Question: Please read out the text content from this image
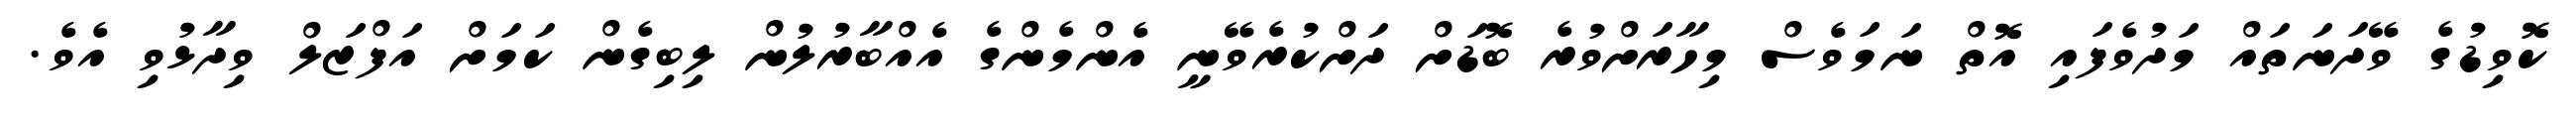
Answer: ކޮވިޑުގެ ވޭދަނަތައް މަދުވެފައި އޮތް ނަމަވެސް މިހާރަށްވުރެ ބޮޑަށް ދަށްކުރެވޭނީ އެންމެންގެ އެއްބާރުލުން ލިބިގެން ކަމަށް އަފްޒަލް ވިދާޅުވި އެވެ.